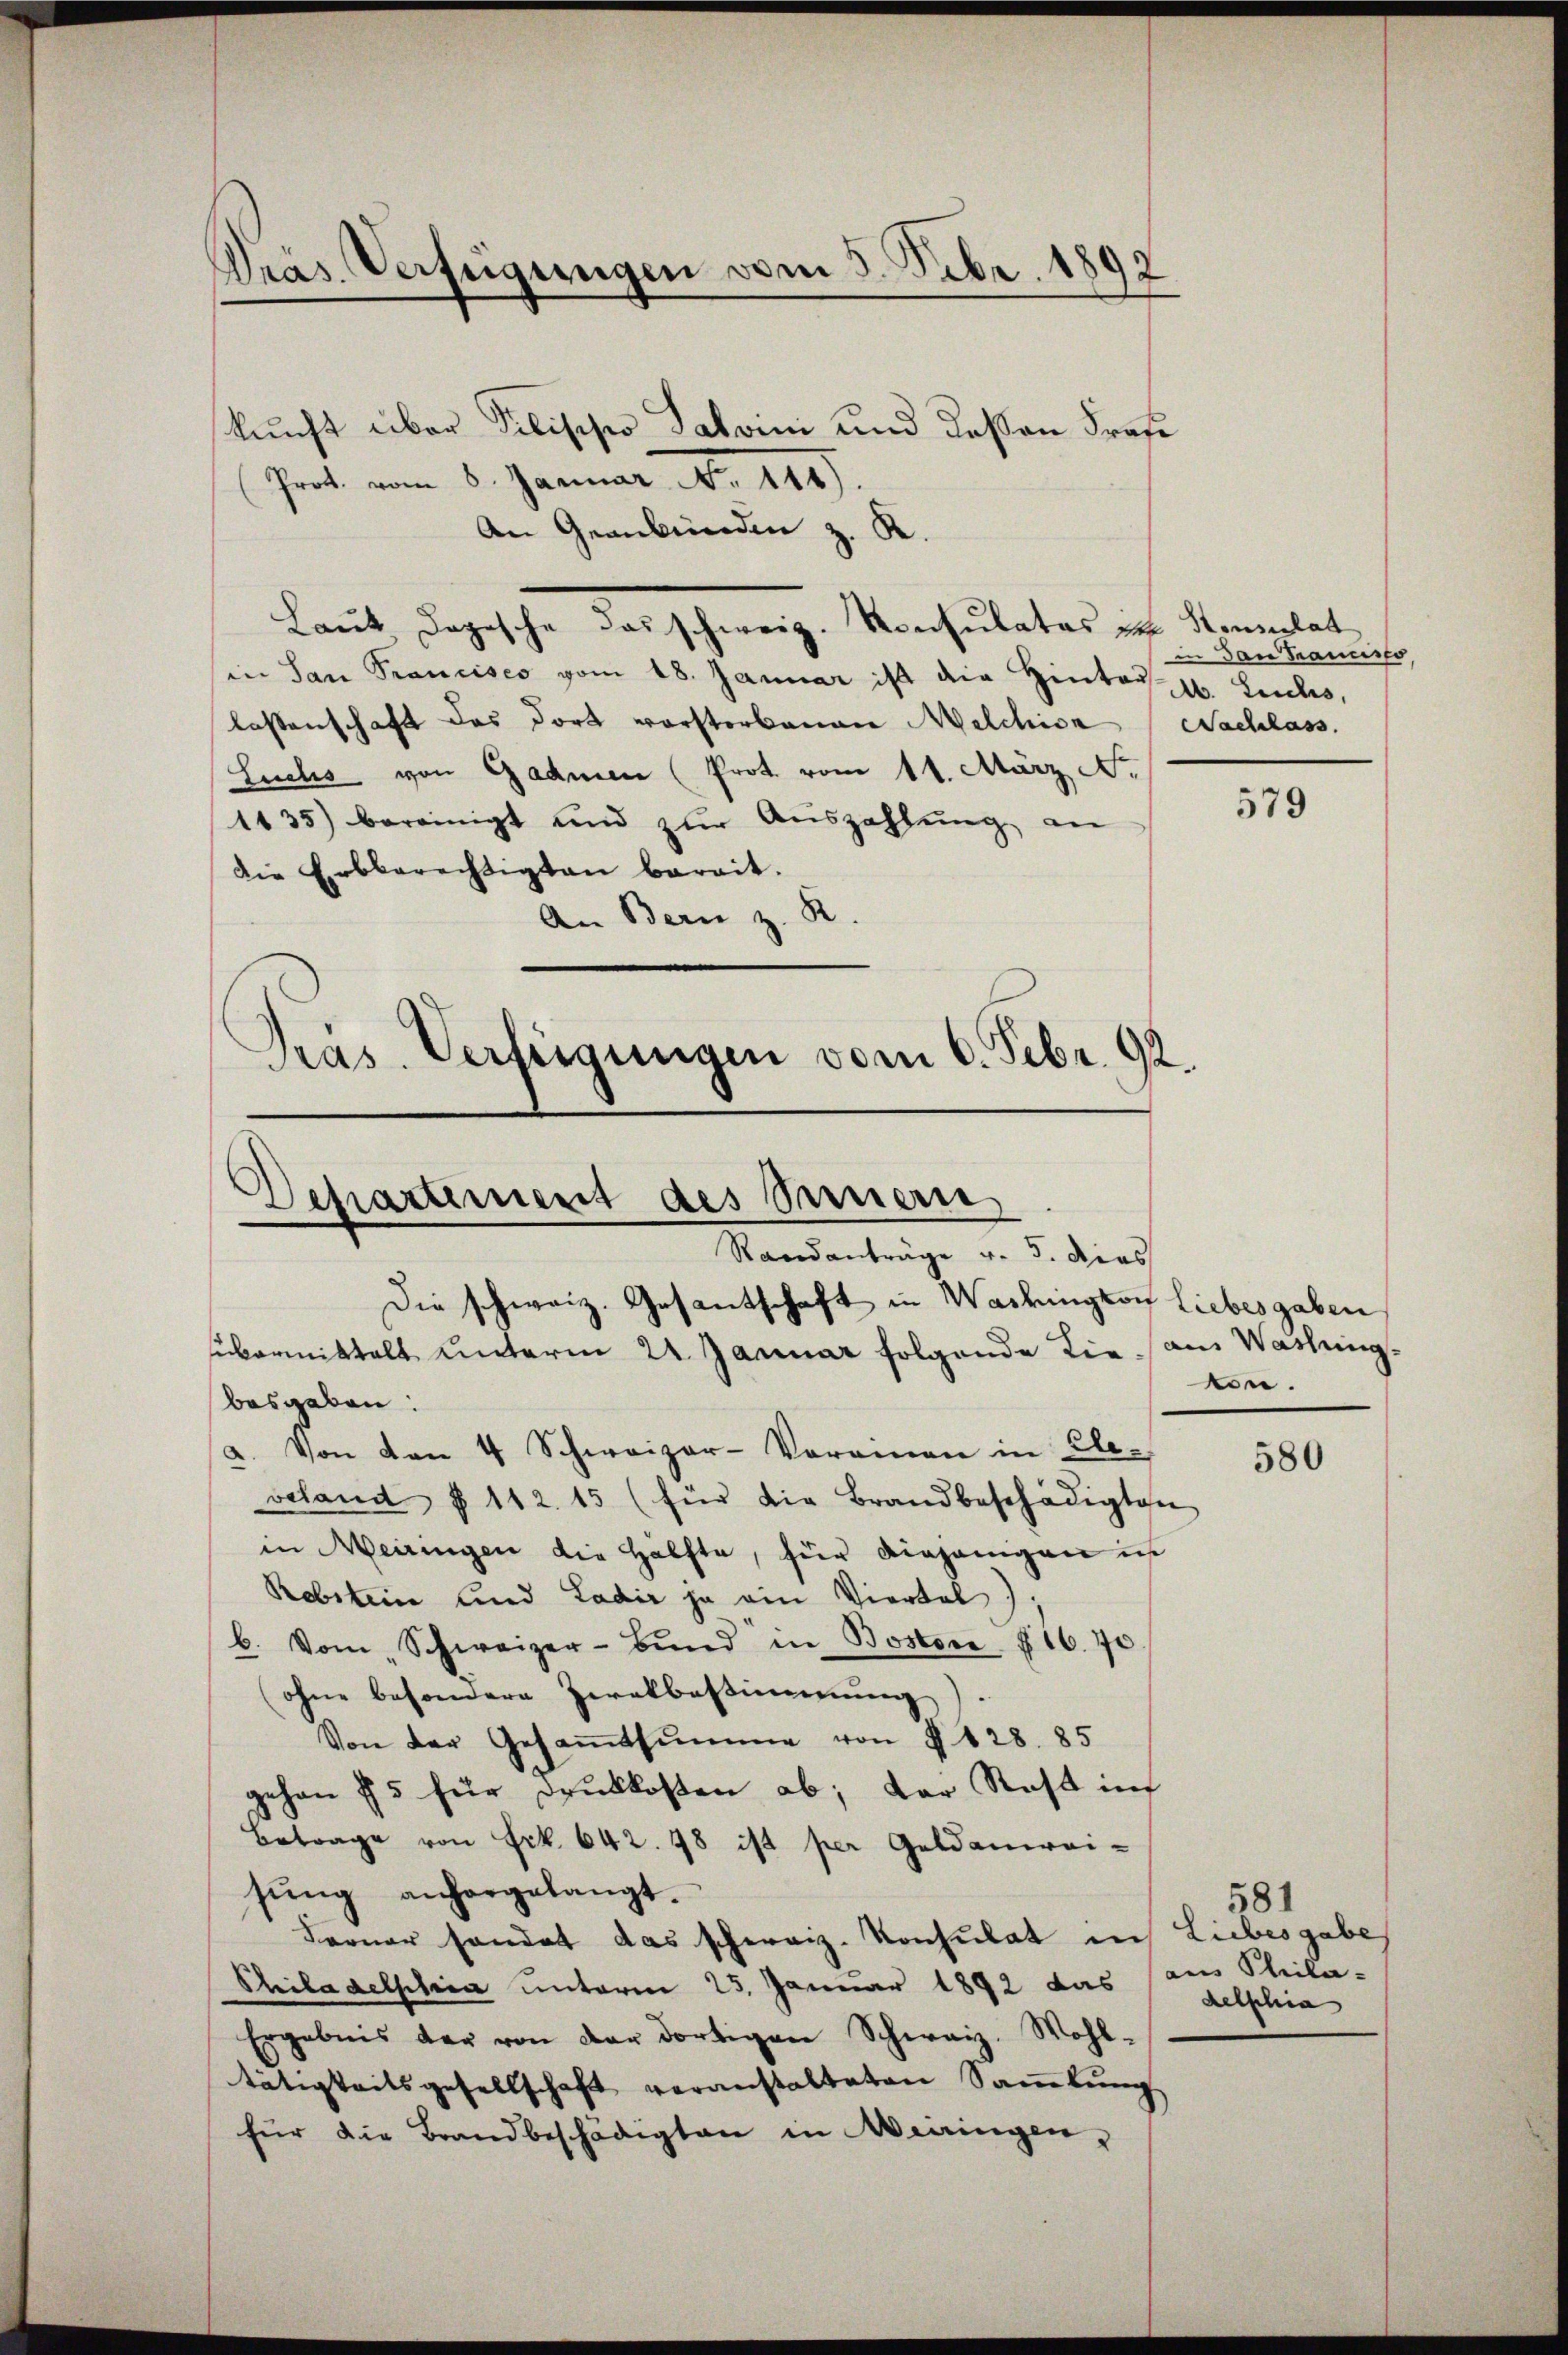
Präs. Verfügungen vom 5. Febr. 1892

kunft über Pilippo Salvini und deßen Profe
Prof. vom 8. Januar No. 119.
An Graubünden z. R.
Laut Logische das schweiz. Konsulates in Sensalat,
in San Francisco vom 18. Januar ist die Hinter 16. Leichs,
Kostenschaft das dort vorsterbanane Melchion Nachlass.
Luchs von Gadmen (Prot. vom 11. März No
1435) bereinigt und zŭr Aŭszahlŭng, an
die Erbberechtigten bereit.
An Bern z. R.

Departement des Sauern
-
Randanträge v. 5. dies
Die schweiz. Gesantschaft in Washington Liebesgaben
sübermittalt unterm 22. Januar folgende Liebesgaben:

Präs. Verfügungen vom 6. Febr. 92.

2. Von von 4 Schweizer-Voramen in Ele-
veland § 112. 15 (für die Brandbeschädigten
in Meiringen die Hälfte, für diejenigen is
Rebsteine und Ladir ja ein Viertel),
b. Vom Schweizer-Bŭnd in Boston § 16. 70
ohne besondere Zwekbestimmung
Von der Gesammtsumme von § 128. 85
gehen 75 für druckkosten ab; der Stoß inf
Betrage von Frk. 642. 48 ist per Geldanei-
sŭng anhergelangt.
Ferner sondert das schweiz. Konsulat in Liebesgabe
Chiladelphica unterm 25. Januar 1892 das aus Phila-
Ergebnis der von der dortigen Schweiz. Wohl-
tätigkeitsgesellschaft veranstalteten Sammlung
für die Brandbeschädigten in erringen,

in Dan Tramiso

am Washing
von.

581
delschia

579

580